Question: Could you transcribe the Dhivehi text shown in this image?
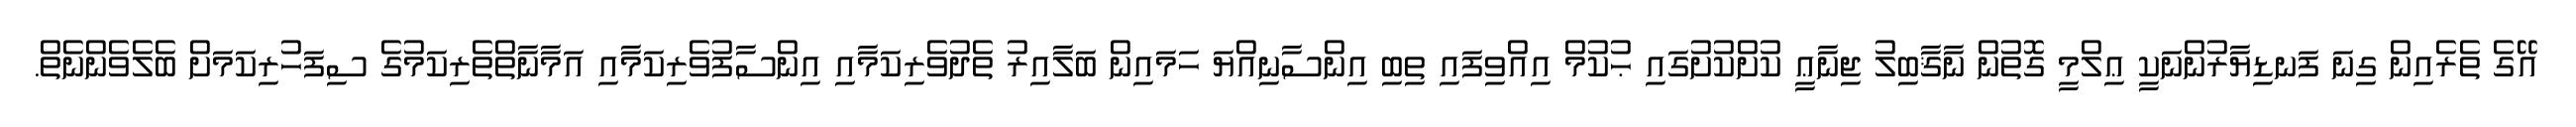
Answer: އޭގެ ތެރެއިން ގިނަ ފަނޑިޔާރުންނަކީ ޢިލްމީ ގޮތުން ނާޤާބިލު ޖިނާޢީ ކުށްކުށުގައި ޙުކުމް އިއްވިފައި ތިބި އިންސާނިއްޔަ ހަމައިން ބަލާއިރު ތެދުވެރިކަމާއި އިންސާފުވެރިކަމާއި އަމާނާތްތެރިކަމުގެ ސިފަހުރިކަމަށް ބެލެވެންނެތް.